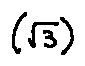
( \sqrt { 3 } )